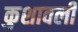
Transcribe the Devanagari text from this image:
कुशावली